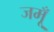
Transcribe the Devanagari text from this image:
जमूँ